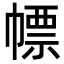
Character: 幖